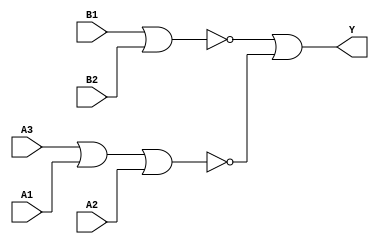
module sky130_fd_sc_hdll__o32ai_5 (
    Y ,
    A1,
    A2,
    A3,
    B1,
    B2
);
    output Y ;
    input  A1;
    input  A2;
    input  A3;
    input  B1;
    input  B2;
    wire nor0_out ;
    wire nor1_out ;
    wire or0_out_Y;
    nor nor0 (nor0_out , A3, A1, A2        );
    nor nor1 (nor1_out , B1, B2            );
    or  or0  (or0_out_Y, nor1_out, nor0_out);
    buf buf0 (Y        , or0_out_Y         );
endmodule